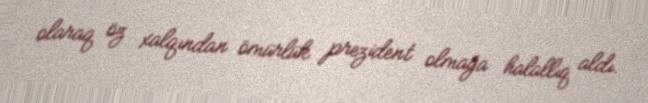
olaraq öz xalqından ömürlük prezident olmağa halallıq aldı.